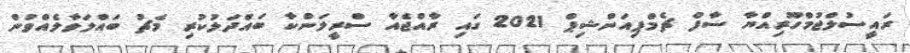
ރައީސުލްޖުމްހޫރިއްޔާ ސާފް ޗެމްޕިއަންޝިޕް 2021 ގައި ރާއްޖެއާ ސްރީލަންކާ ބައްދަލުކުރި މެޗު ބައްލަވާލެއްވުން